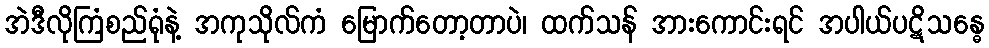
အဲဒီလိုကြံစည်ရုံနဲ့ အကုသိုလ်ကံ မြောက်တော့တာပဲ၊ ထက်သန် အားကောင်းရင် အပါယ်ပဋိသန္ဓေ